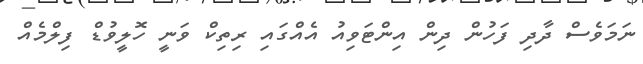
ނަމަވެސް ދާދި ފަހުން ދިން އިންޓަވިއު އެއްގައި ރިތިކް ވަނީ ހޮލީވުޑް ފިލްމެއް